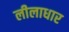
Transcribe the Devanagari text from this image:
लीलाधार